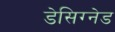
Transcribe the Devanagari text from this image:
डेसिग्नेड